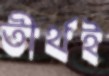
তীর্থই